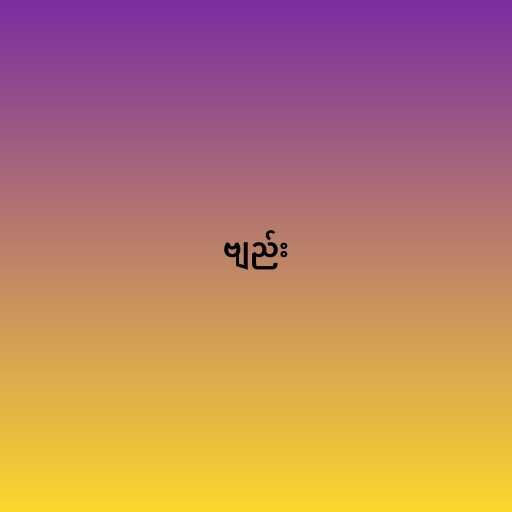
ဗျည်း